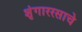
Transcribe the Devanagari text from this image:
शृंगाररसाचे